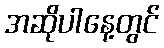
အဆိုပါနေ့တွင်